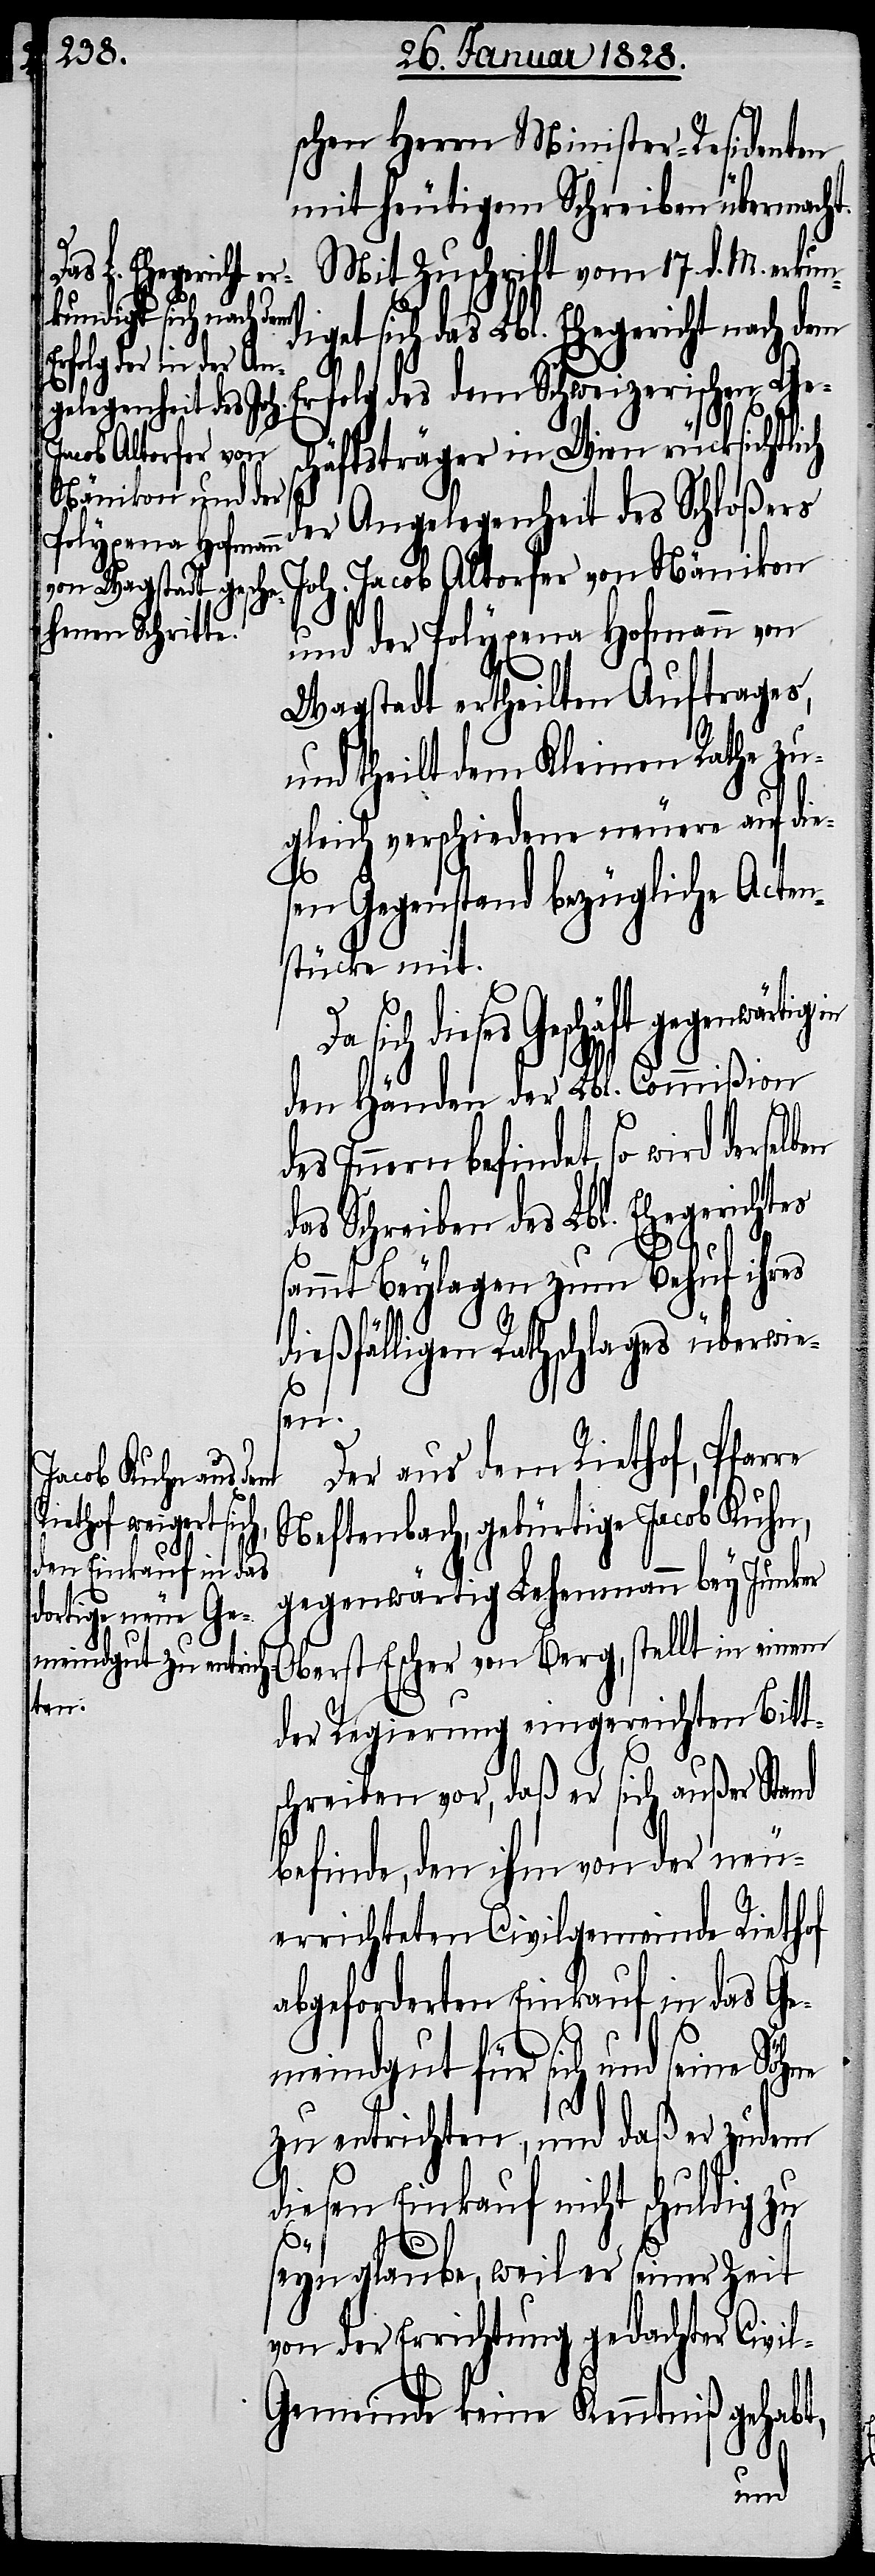
schen Herrn Minister-Residenten
mit heutigem Schreiben übermach¬
Mit Zuschrift vom 17. d. M. erkun¬
diget sich das Lbl. Ehegericht nach dem
Erfolg des dem Schweizerischen Ge¬
schäftsträger in Wien rücksichtlich
der Angelegenheit des Schloßers
Joh. Jacob Altorfer von Nänikon
und der Polyxena Hofmann von
Wagstadt ertheilten Auftrages,
und theilt dem Kleinen Rathe zu¬
gleich verschiedene neuere auf die¬
sen Gegenstand bezügliche Acten¬
stücke mit.
wird derselben
den Händen der Lbl. Commißion
das Schreiben des Lbl. Ehegerichtes
sammt Beylagen zum Behuf ihres
dießfälligen Rathschlages überwie¬
sen.
Der aus dem Riethof, Pfarre
Neftenbach, gebürtige Jacob Kuhn,
gegenwärtig Lehenmann bey Junker
Oberst Escher von Berg, stellt in einem
der Regierung eingereichten Bitt¬
schreiben vor, daß er sich außer Stand
befinde, den ihm von der neu¬
errichteten Civilgemeinde Riethof
abgeforderten Einkauf in das Ge¬
t.
meindgut für sich und seine Söhne
zu entrichten, und daß er zudem
diesen Einkauf nicht schuldig zu
seyn glaube, weil er seiner Zeit
von der Errichtung gedachter Civi¬
l-Gemeinde keine Kenntniß gehabt,